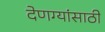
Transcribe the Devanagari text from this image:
देणग्यांसाठी